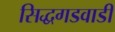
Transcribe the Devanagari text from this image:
सिद्धगडवाडी